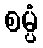
စမ္ပံ